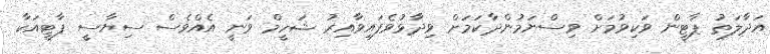
އަދާލަތު ޕާޓީން ވަކިވުމަށް ވިސްނަމުންދާކަމަށް ވިދާޅުވެފައިވާއިރު ޝަހީމް ވަނީ އެއްވެސް ސިޔާސީ ޕާޓީއަކާ